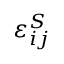
\varepsilon _ { i j } ^ { S }